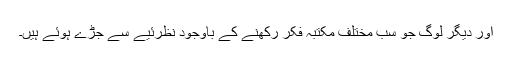
اور دیگر لوگ جو سب مختلف مکتبہ فکر رکھنے کے باوجود نظرئیے سے جڑے ہوئے ہیں۔